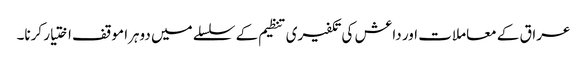
عراق کے معاملات اور داعش کی تکفیری تنظیم کے سلسلے میں دوہرا موقف اختیار کرنا۔